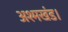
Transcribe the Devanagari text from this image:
अश्मखंड।